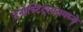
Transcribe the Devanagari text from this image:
टेनोच्टिट्लानमध्ये